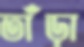
তাঁড়া